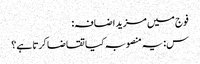
فوج میں مزید اضافہ:
س: یہ منصوبہ کیا تقاضا کرتا ہے؟